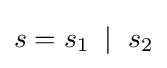
s=s_{1}\;\mid \;s_{2}